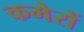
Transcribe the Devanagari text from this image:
कमेरों